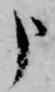
申